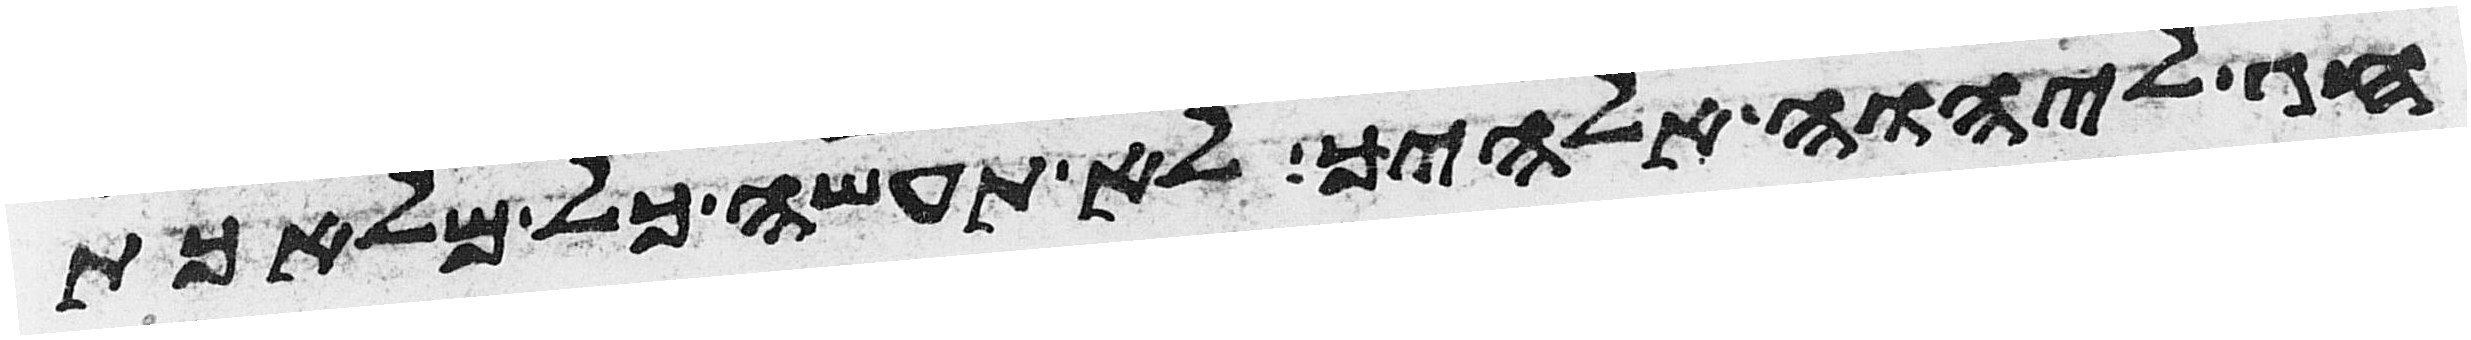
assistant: חג ליהוה אלהיך לא תעשה כל מלאכת